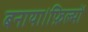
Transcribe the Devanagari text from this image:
बनाया।फ़िल्मों